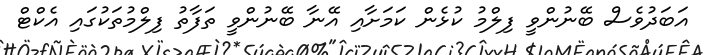
އަބަދުވެސް ބޭނުންވީ ފިލްމު ކުޅެން ކަމަށާއި އޭނާ ބޭނުންވީ ތަފާތު ފިލްމުތަކުގައި އެކްޓް